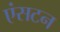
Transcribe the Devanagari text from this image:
एंसटन